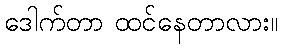
ဒေါက်တာ ထင်နေတာလား။